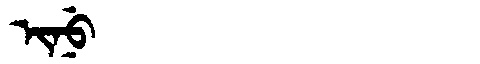
Manchu: ᡳᠨᡠ
Romanization: INU